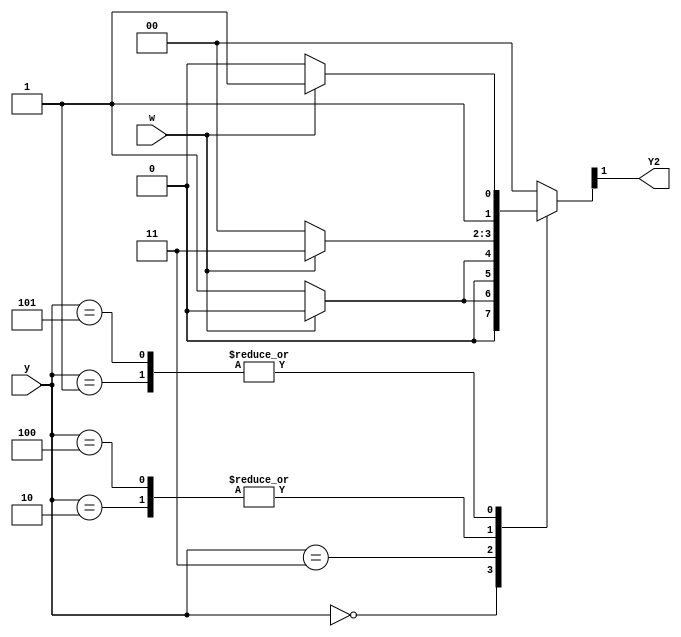
module top_module (
    input [3:1] y,
    input w,
    output Y2);
    parameter A = 3'b000, B = 3'b001, C = 3'b010,
         	  D = 3'b011, E = 3'b100, F = 3'b101;
    reg [3:1] state,next_state;

    always @(*) begin
        case(y)
            A: next_state = w ? A : B;
            B: next_state = w ? D : C;
            C: next_state = w ? D : E;
            D: next_state = w ? A : F;
            E: next_state = w ? D : E;
            F: next_state = w ? D : C;
            default: next_state = A;
        endcase
    end

    assign Y2 = next_state[2];

endmodule